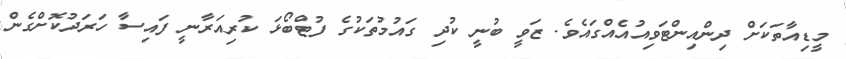
މީޑިއާތަކަށް ދިންއިންޓަވިއުއެއްގައެވެ. ޒަވީ ބުނީ ކުދި ގައުމުތަކުގެ ފުޓްބޯޅަ ކުރިއަރާނީ ފައިސާ ހަރަދުކޮށްގެން